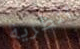
بنظرية